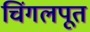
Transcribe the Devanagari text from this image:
चिंगलपूत